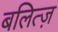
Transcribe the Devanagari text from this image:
बलित्ज़